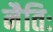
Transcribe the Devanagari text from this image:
नैतिः